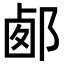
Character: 𨛹